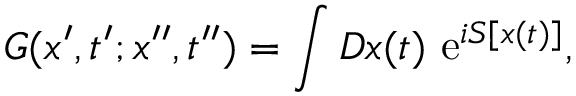
G ( x ^ { \prime } , t ^ { \prime } ; x ^ { \prime \prime } , t ^ { \prime \prime } ) = \int { \cal D } x ( t ) \ \mathrm { e } ^ { i S [ x ( t ) ] } ,